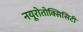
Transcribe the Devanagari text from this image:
नयूरोतोक्सिसिटी